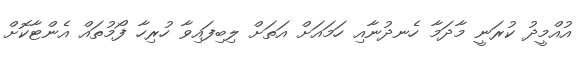
އުއްމީދު ކުރަނީ މާދަމާ ހެނދުނާއި ހަމައަށް އަތަށް ލިބިފައިވާ ހުރިހާ ފޯމުތައް އެންޓާކޮށް